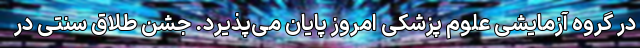
در گروه آزمایشی علوم پزشکی امروز پایان می‌پذیرد. جشن طلاق سنتی در